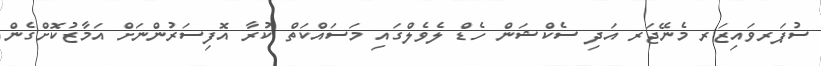
ސުޕަރވައިޒަރ މެނޭޖަރ އަދި ސެކްޝަން ހެޑް ލެވެލްގައި މަސައްކަތް ކުރާ އޮފިސަރުންނަށް އަމާޒުކޮށްގެން